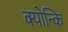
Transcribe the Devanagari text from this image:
क्योन्कि